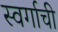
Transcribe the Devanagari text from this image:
स्वर्गाची